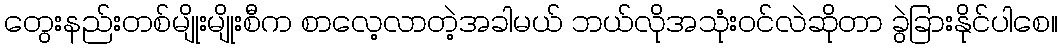
တွေးနည်းတစ်မျိုးမျိုးစီက စာလေ့လာတဲ့အခါမယ် ဘယ်လိုအသုံးဝင်လဲဆိုတာ ခွဲခြားနိုင်ပါစေ။